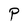
Character: P